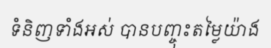
ទំនិញទាំងអស់ បានបញ្ចុះតម្លៃយ៉ាង